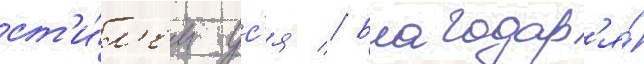
ст'и́л'ем ус'я // Благодар'я́